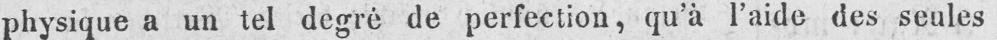
physique a un tel degré de perfection, qu’à l’aide des seules